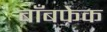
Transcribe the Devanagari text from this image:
बाँबफेक